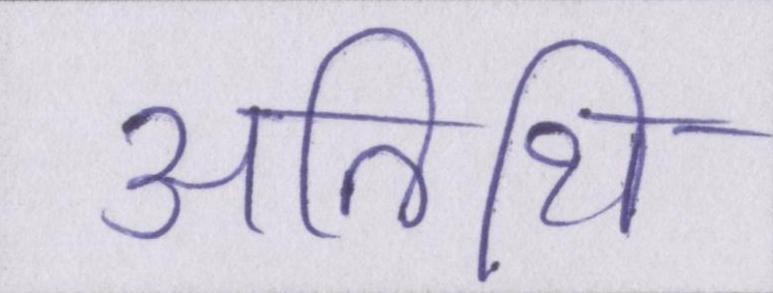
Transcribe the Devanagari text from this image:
अतिथि